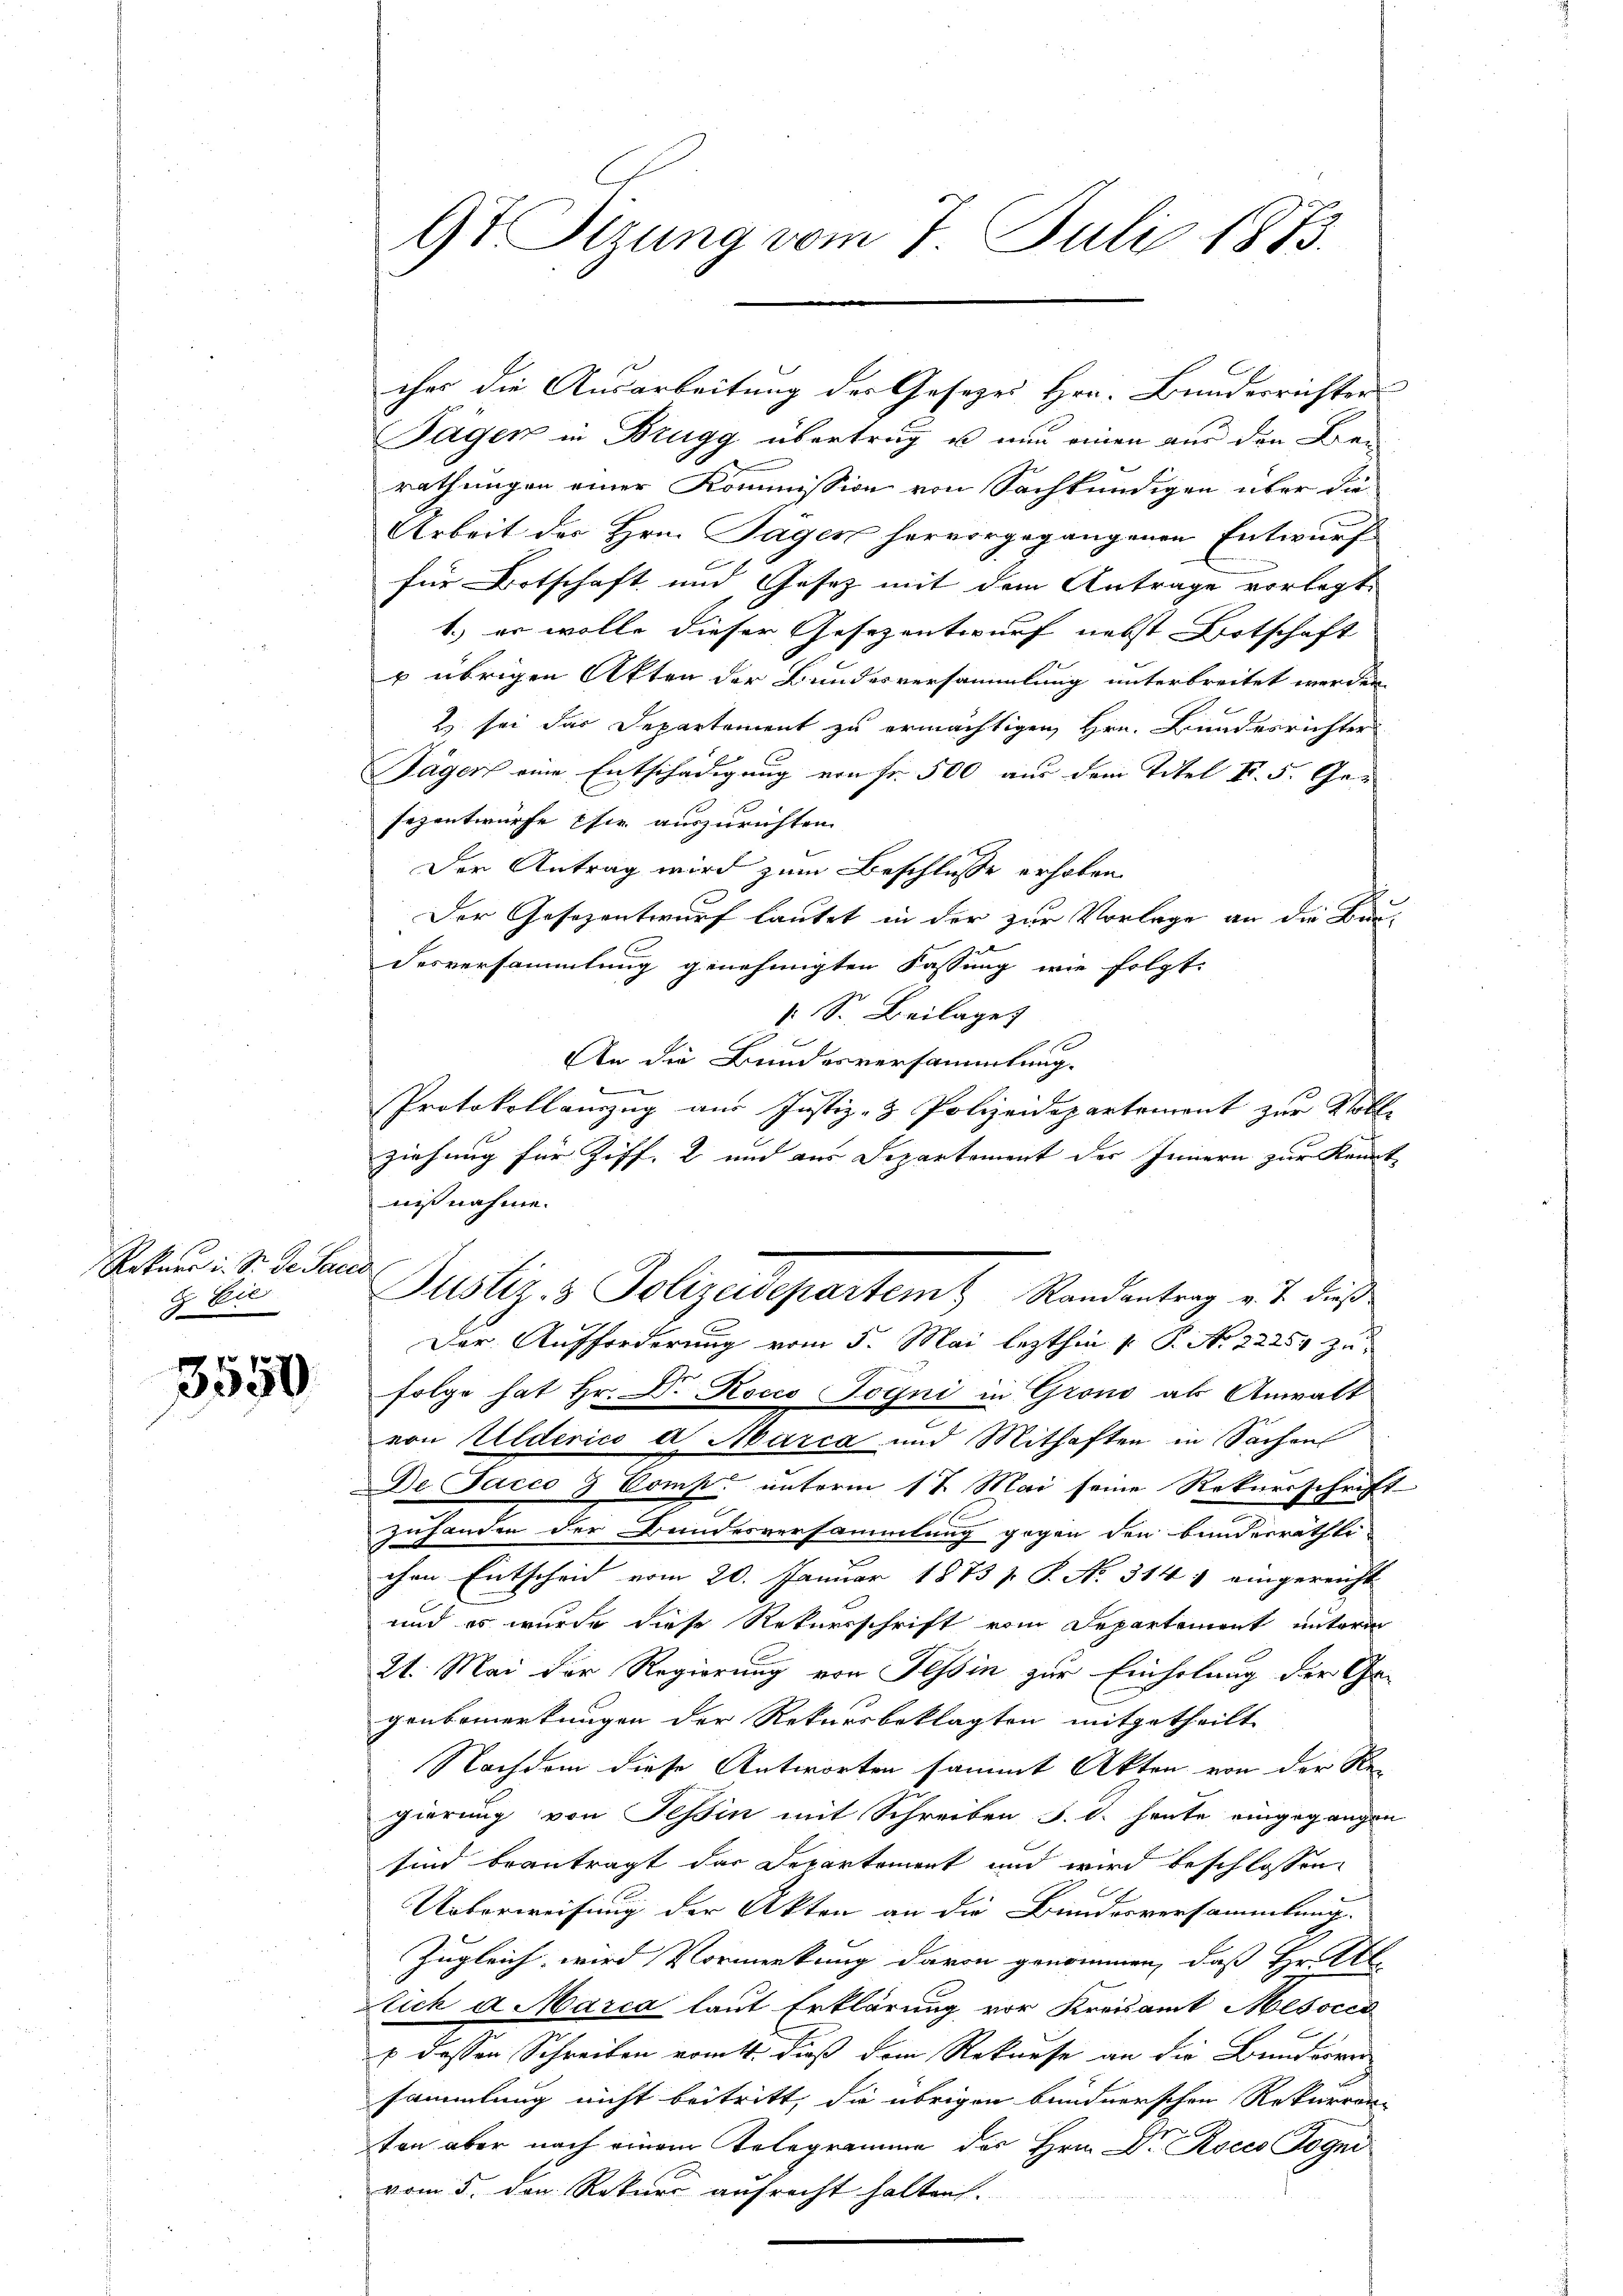
Rekurr i. Sr. Der Sacc
E Eie

3550

9t Sizung vom 7. Juli 1873.

Tägen in Brugg übertrag u nun einen aus den Brei
rathungen einer Kommission von Sachkundigen über die
Arbeit der Hrn. Tagen hervorgegangenen Entwurf
für Botschaft und Gesetz mit dem Antrage vorlegt,
1.) er wolle dieser Gesezentwurf nebst Botschaft
& übrigen Akten der Bundesversammlung unterbreitet werden
2 sei das Departement zu ermächtigen, Hrn. Bundesrichter
Jägers eine Entschädigung von Fr. 500 aus dem Titel II 5. Gesezentwürfe sie auszurichten.
Der Antrag wird zum Beschlusse erhoben
Der Gesezentwurf lautet in der zur Vorlage an die Bundesversammlung genehmigten Fassung wie folgt:
 Sr. Beilage
x
An die Bundesversammlung.
Protokollanzug aus Justiz- & Polizeidepartement zur Voll-
ziehung für Ziff. 2 und aus Departement des Innern zur Kennt
nißnahme.
Der Aufforderung vom 5. Mai lezthin 1. P. No. 22259 zu
folge hat Hr. Dr Kocco Jogni in Grono als Anwalt
von Ulderico d. Marca und Mithaften in Sachens
De. Jacco 3 Comp. unterm 17 Mai seine Rekursschrift
zuhanden der Bundesversammlung gegen den Bundesrathte
chen Entscheid vom 20. Januar 1873 p. P. No. 314 ; eingereicht
und es wurde diese Rekursschrift vom Departement unterm
21. Mai der Regierung von Tessin zur Einholung der Ge-
genbemerkungen der Rekursbeklagten mitgetheilt
Nachdem diese Antworten sammt Akten von der Regierung von Tessin mit Schreiben §. 1. heute eingegangen
sind beantragt das Departement und wird beschlossen:
Ueberweisung der Akten an die Bundesversammlung.
Zugleich wird Vormerkung davon genommen, daß Hr. All
lich a Marca laut Erklärung vor Kreisamt Mesocco
x dessen Schreiben vom 4. dieß dem Rekurse an die Bunderver
sammlung nicht beitritt, die übrigen bundnerschen Rekurrenz
ten aber nach einem Telegramme des Hrn. Dr. Rocco Jogni
vom 5. den Rekurs aufrecht halten.

cher die Ausarbeitung der Gesezes Hrn. Bundesrichter

Justiz- & Polizeisepartem Randantrag v. J. dieß